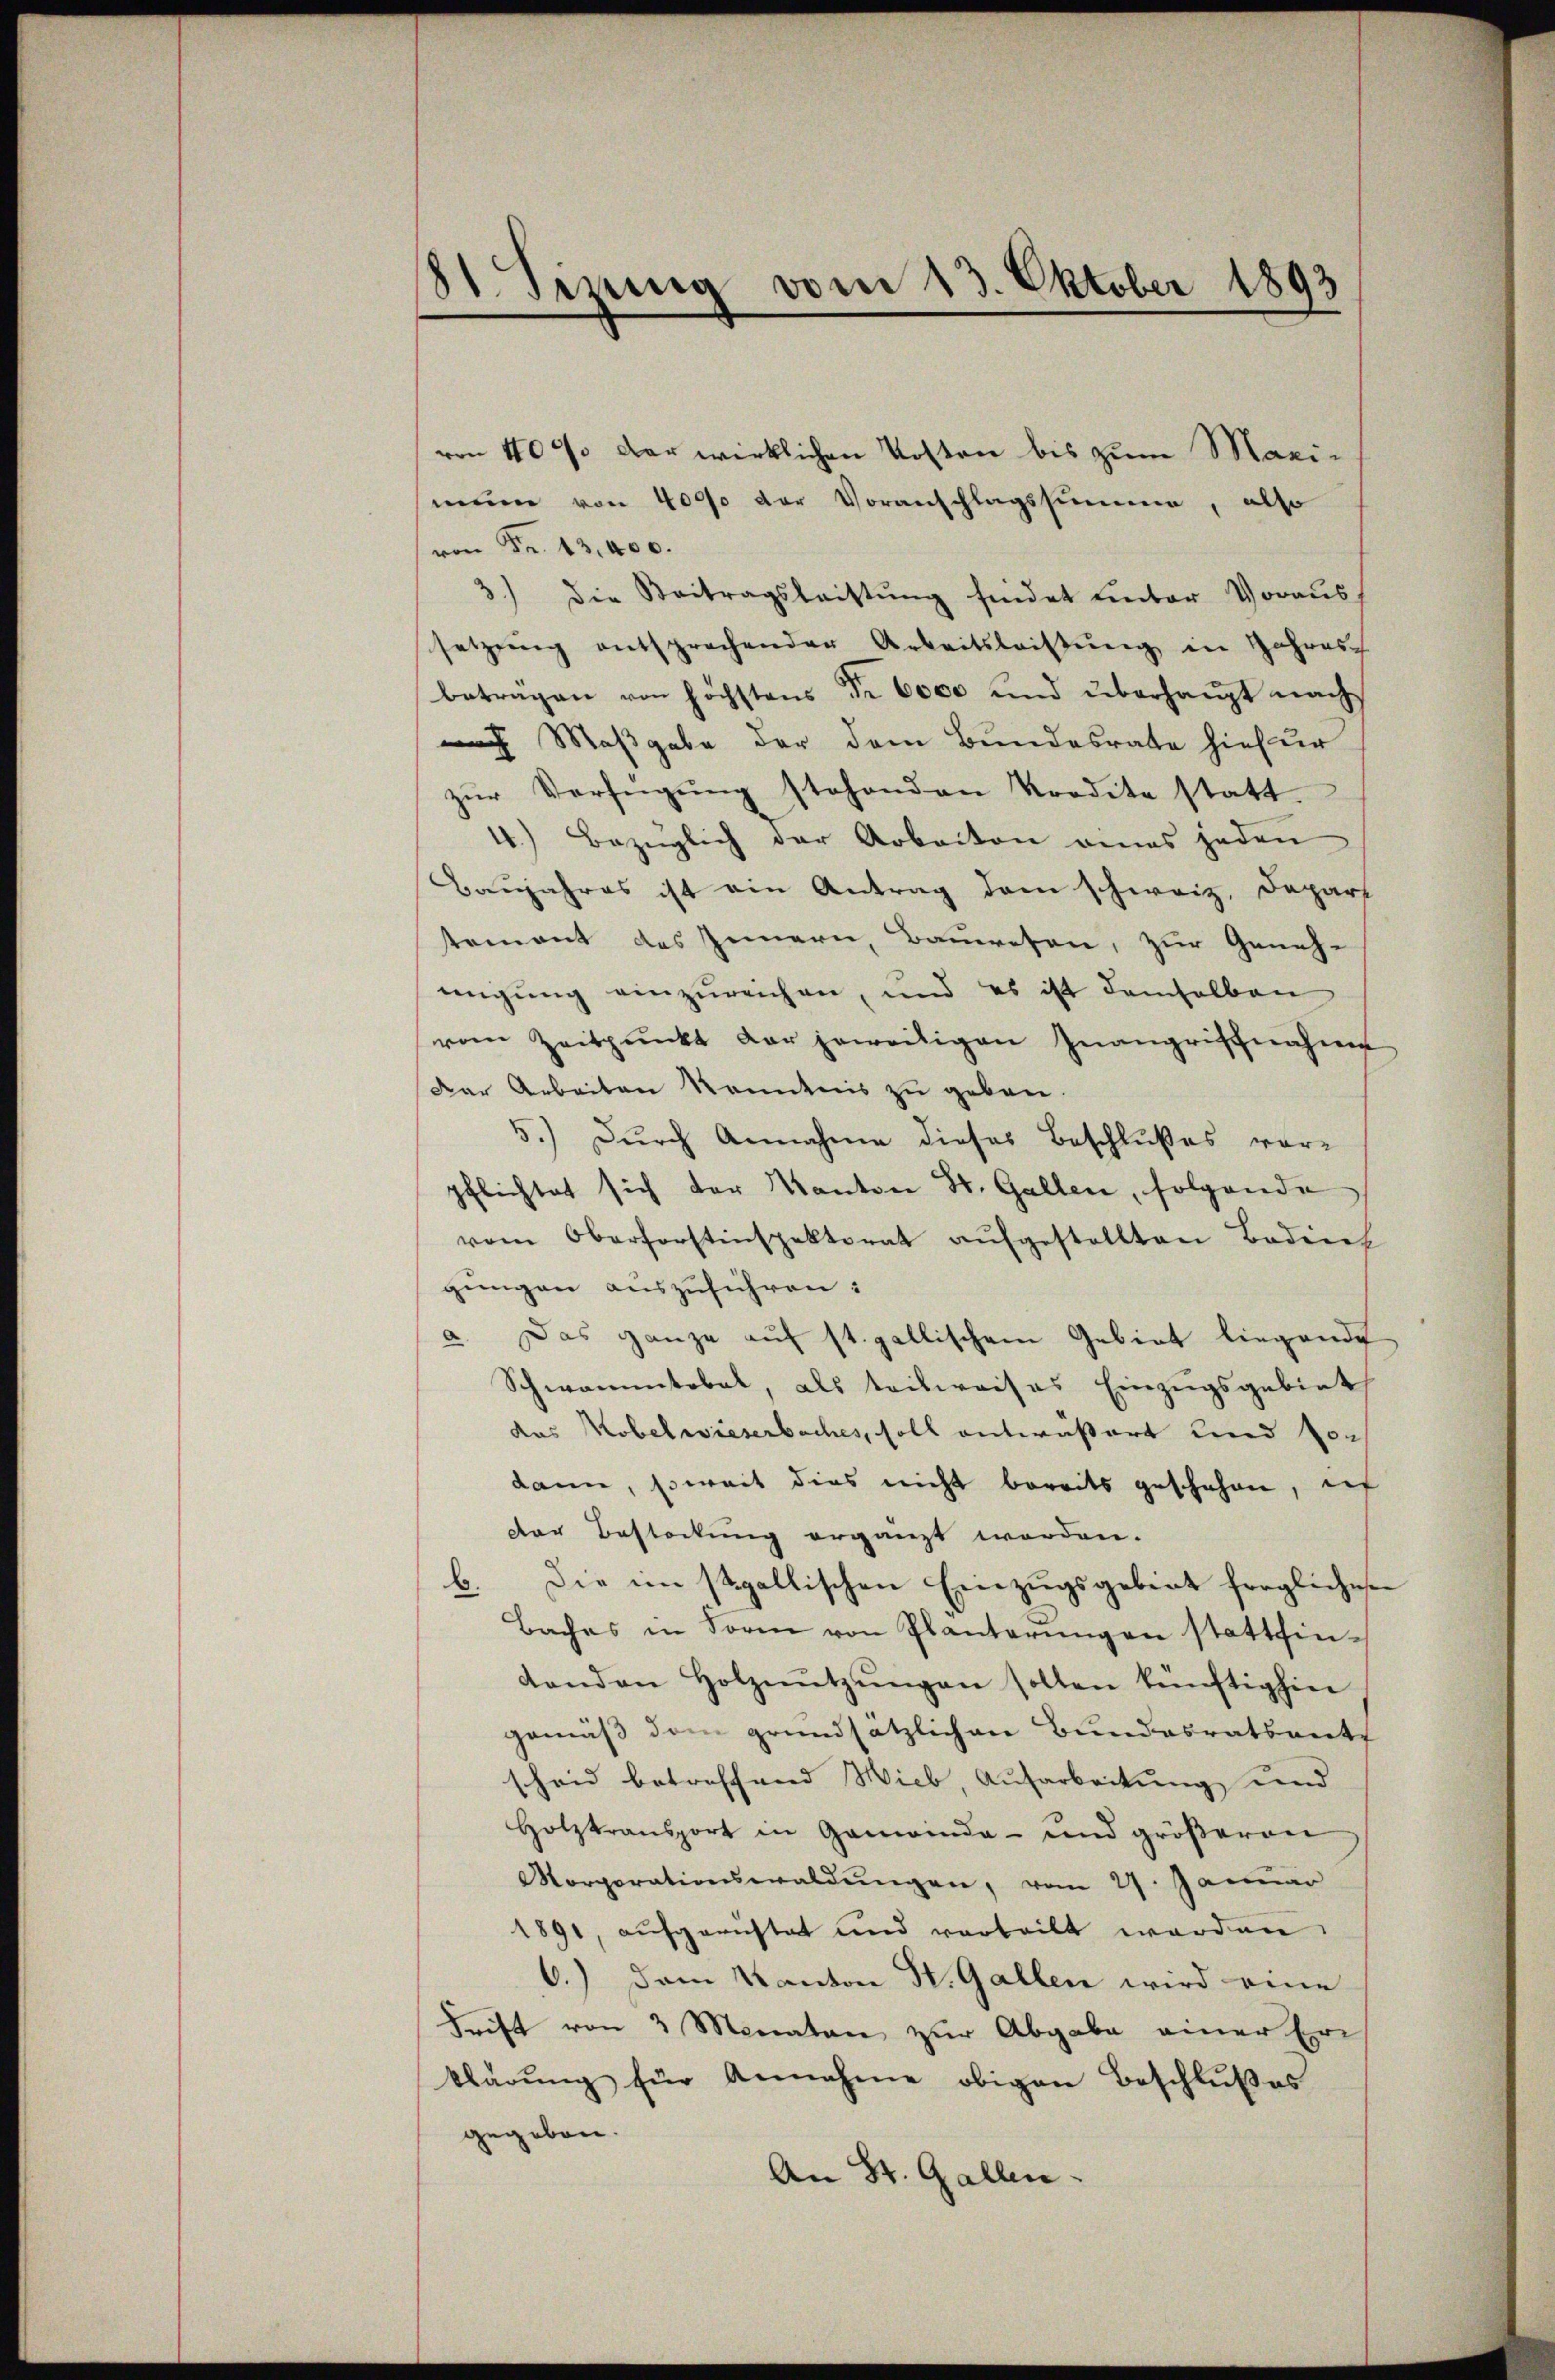
81. Sizung vom 13. Oktober 1893

von 40% der wirklichen Kosten bis zum Maxi-
mme von 4000 der Voranschlagssumme, also
von Fr. 13,400.
3) die Beitragsleistŭng findet unter Voraus
setzŭng entsprechender Arbeitsleistŭng in Jahres
beträgen von höchstens dr 6000 und überhaupt nach
nach Maßgabe der dem Bundesrate hiefur
zŭr Verfügŭng stehenden Vordete statt.
4.) Bezüglich der Arbeiten eines jeden
Baujahres ist ein Antrag dem schweiz. Depart
tement des Innern, Bauwesen, zur Geneh-
migung einzureichen, und es ist demselben
vom Zeitpunkt der jeweiligen Inangriffnahme
Der Arbeiten kanntnis zu geben.
5.) Durch Annahme dieses Beschlußes vorpflichtet sich der Kanton St. Gallen, folgende
vom Oberforstinspektorat aŭfgestellten Bodens
gungen auszuführen:
a. Das ganze auf st. gallischen Gebiet liegende,
Schwammtobel, als teilweises Einzugsgebiet
das Kobelwieserbaches, soll antwaßert und von
dann, soweit dies nicht bereits geschehen, ich
der Bestockung ergänzt worden.
b. Die im stgallischen Einzugsgebiet fraglichesen
Baches in Form von Planterŭngen stattfintenden Holznŭtzŭngen sollen künftighin
gemäß dem grundsätzlichen Bundesratsanth
scheid betreffend Wieb, Aufarbeitung und
Holztransport in Gemeinde- und größeren
Morporationswaldŭngen, vom 27. Januar
1891, aufgerüstet und verteilt werden.
6.) Dem Kanton St. Gallen wird eine
Trift von 3 Monaten zur Abgabe einer Er
klärŭng für Annahme obigen Beschlußes
gegeben.
An St. Gallen.